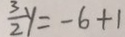
\frac { 3 } { 2 } y = - 6 + 1